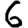
Digit: 6